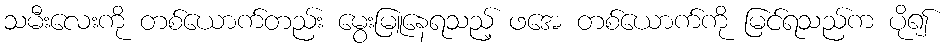
သမီးလေးကို တစ်ယောက်တည်း မွေးမြူနေရသည့် ဖအေ တစ်ယောက်ကို မြင်ရသည်က ပို၍